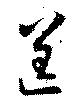
逞